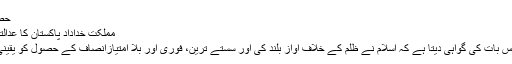
حصہ دوم
مملکت خداداد پاکستان کا عدالتی نظام
تاریخ اس بات کی گواہی دیتا ہے کہ اسلام نے ظلم کے خلاف آواز بلند کی اور سستے ترین، فوری اور بلا امتیازانصاف کے حصول کو یقینی بنایا ۔